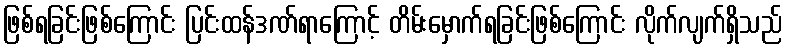
ဖြစ်ရခြင်းဖြစ်ကြောင်း ပြင်းထန်ဒဏ်ရာကြောင့် တိမ်းမှောက်ရခြင်းဖြစ်ကြောင်း လိုက်လျက်ရှိသည်